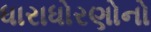
ધારાધોરણોનો